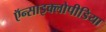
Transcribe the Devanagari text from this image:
ऍन्साइक्लोपीडिया